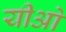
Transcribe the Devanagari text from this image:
यीओ